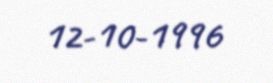
12-10-1996